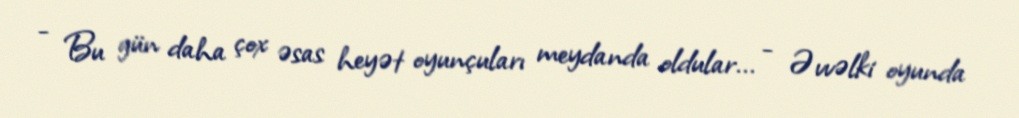
- Bu gün daha çox əsas heyət oyunçuları meydanda oldular... - Əvvəlki oyunda